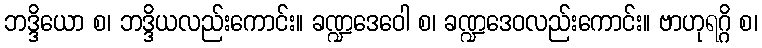
ဘဒ္ဒိယော စ၊ ဘဒ္ဒိယလည်းကောင်း။ ခဏ္ဍဒေဝေါ စ၊ ခဏ္ဍဒေဝလည်းကောင်း။ ဗာဟုရဂ္ဂိ စ၊